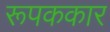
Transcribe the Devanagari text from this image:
रूपककार